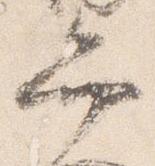
弁